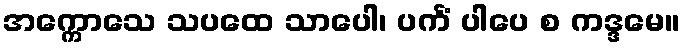
အက္ကောသေ သပထေ သာပေါ၊ ပင်္ကံ ပါပေ စ ကဒ္ဒမေ။